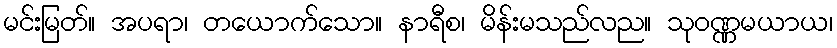
မင်းမြတ်။ အပရာ၊ တယောက်သော။ နာရီစ၊ မိန်းမသည်လည။ သုဝဏ္ဏမယာယ၊